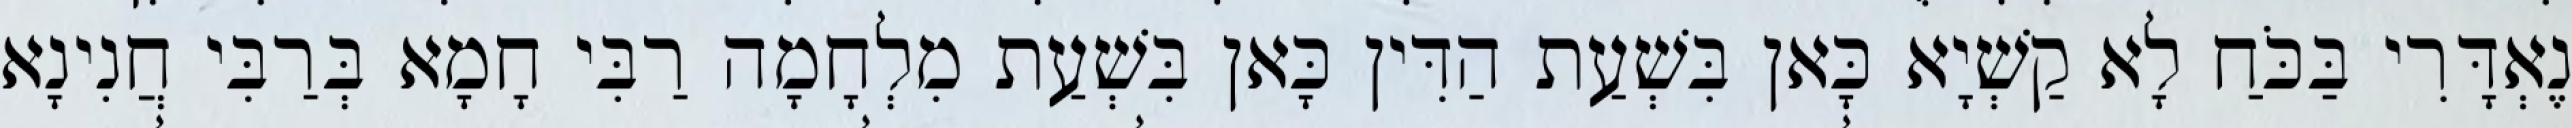
נֶאְדָּרִי בַּכֹּחַ לָא קַשְׁיָא כָּאן בִּשְׁעַת הַדִּין כָּאן בִּשְׁעַת מִלְחָמָה רַבִּי חָמָא בְּרַבִּי חֲנִינָא